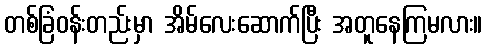
တစ်ခြံဝန်းတည်းမှာ အိမ်လေးဆောက်ပြီး အတူနေကြမလား။